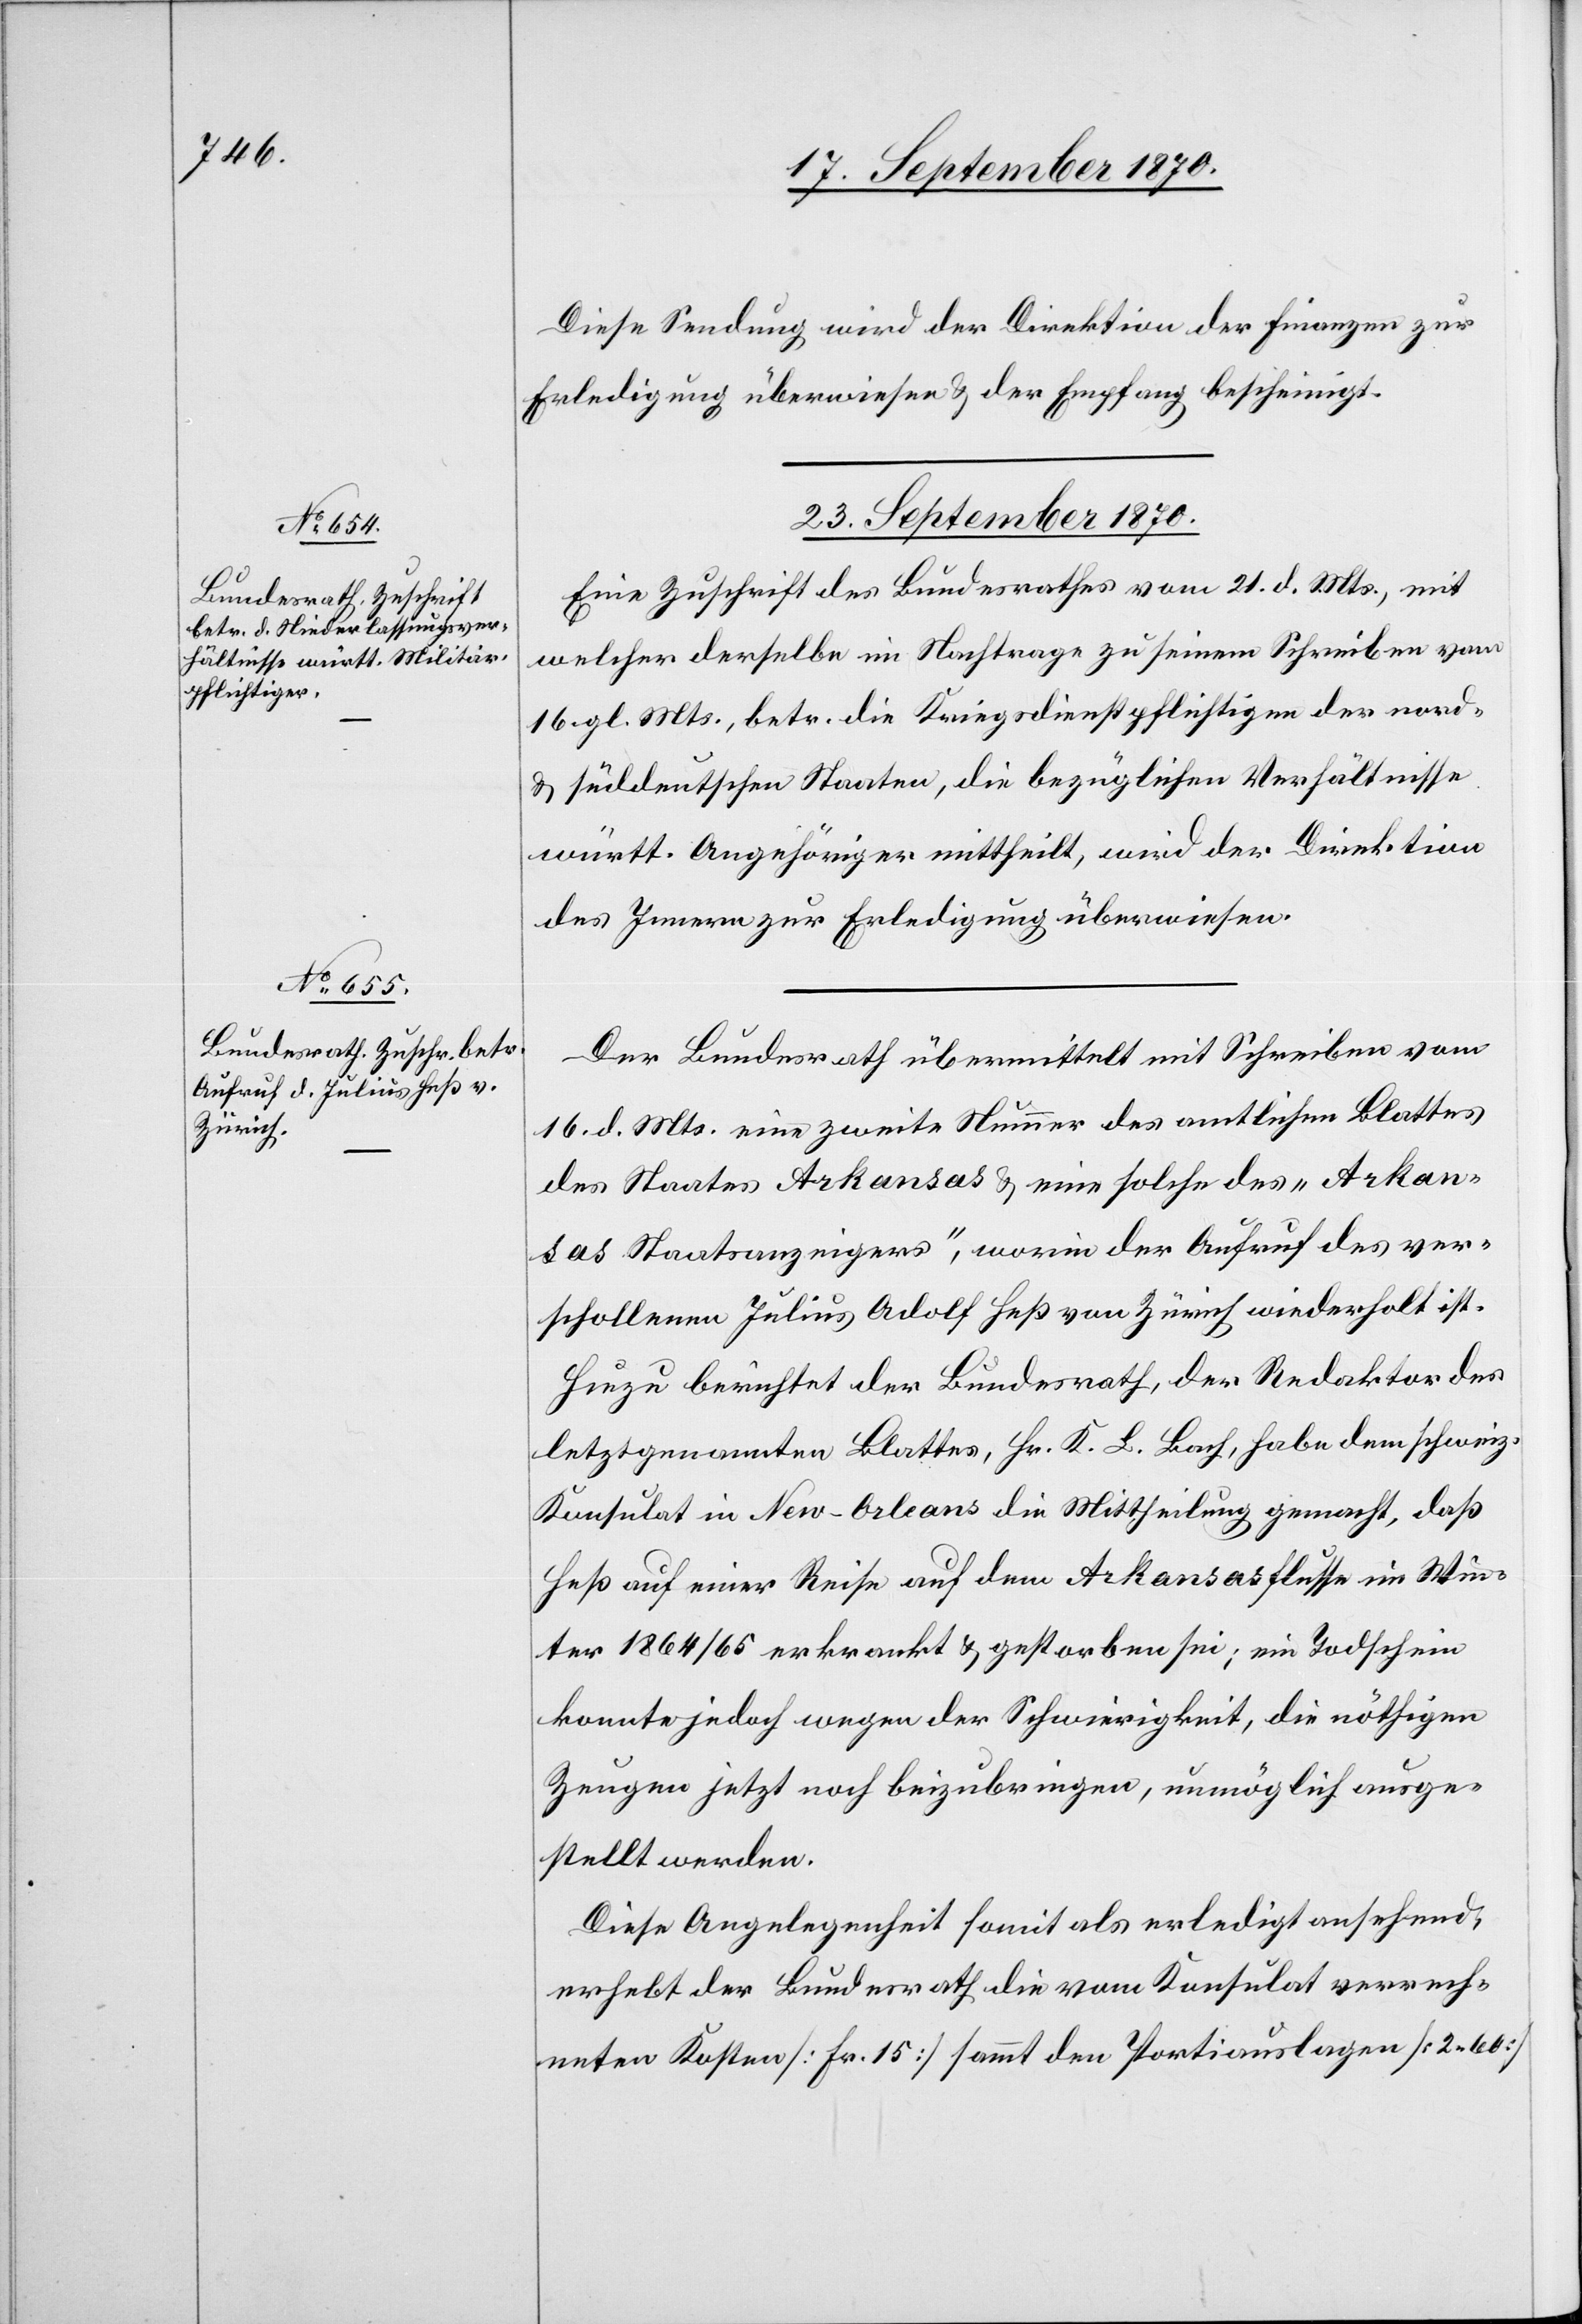
Diese Sendung wird der Direktion der Finanzen zur
Erledigung überwiesen & der Empfang bescheinigt.
23. September 1870.
Eine Zuschrift des Bundesrathes vom 21. d. Mts., mit
welcher derselbe im Nachtrage zu seinem Schreiben vom
16. gl. Mts., betr. die Kriegsdienstpflichtigen der nord-
& süddeutschen Staaten, die bezüglichen Verhältnisse
württ. Angehöriger mittheilt, wird der Direktion
des Innern zur Erledigung überwiesen.